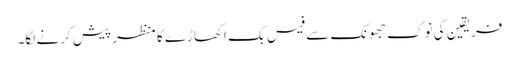
فریقین کی نوک جھونک سے فیس بک اکھاڑے کا منظر پیش کرنے لگا۔